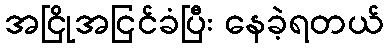
အငြိုအငြင်ခံပြီး နေခဲ့ရတယ်